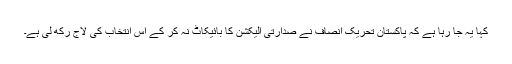
کہا یہ جا رہا ہے کہ پاکستان تحریک انصاف نے صدارتی الیکشن کا بائیکاٹ نہ کر کے اس انتخاب کی لاج رکھ لی ہے۔